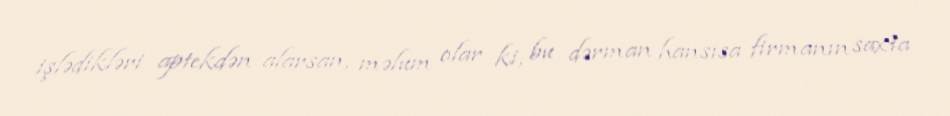
işlədikləri aptekdən alarsan, məlum olar ki, bu dərman hansısa firmanın saxta